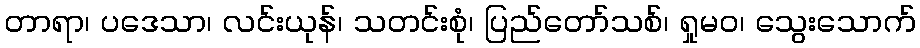
တာရာ၊ ပဒေသာ၊ လင်းယုန်၊ သတင်းစုံ၊ ပြည်တော်သစ်၊ ရှုမဝ၊ သွေးသောက်